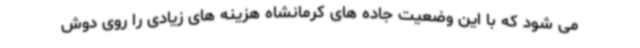
می شود که با این وضعیت جاده های کرمانشاه هزینه های زیادی را روی دوش